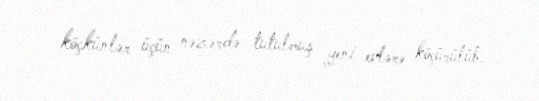
köçkünlər üçün nəzərdə tutulmuş yeni evlərə köçürülüb.